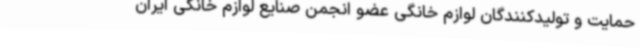
حمایت و تولیدکنندگان لوازم خانگی عضو انجمن صنایع لوازم خانگی ایران